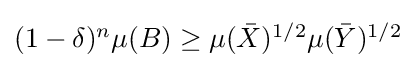
{\textstyle (1-\delta )^{n}\mu (B)\geq \mu ({\bar {X}})^{1/2}\mu ({\bar {Y}})^{1/2}}